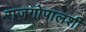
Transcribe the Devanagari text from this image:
राजगोपालशी